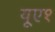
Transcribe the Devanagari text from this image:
यूए१